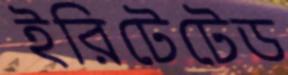
ইরিটেটেড